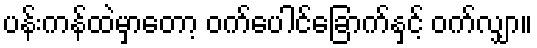
ပန်းကန်ထဲမှာတော့ ဝက်ပေါင်ခြောက်နှင့် ဝက်လျှာ။